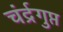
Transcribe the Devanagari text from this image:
चंर्द्रगुप्त